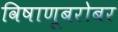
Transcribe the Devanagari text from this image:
विषाणूबरोबर